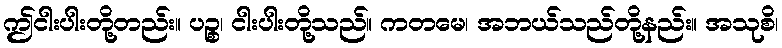
ဤငါးပါးတို့တည်း။ ပဉ္စ၊ ငါးပါးတို့သည်။ ကတမေ၊ အဘယ်သည်တို့နည်း။ အသုစိ၊